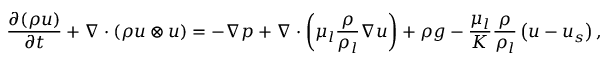
\frac { \partial ( \rho \boldsymbol { u } ) } { \partial t } + \nabla \cdot ( \rho \boldsymbol { u } \otimes \boldsymbol { u } ) = - \nabla p + \nabla \cdot \left( \mu _ { l } \frac { \rho } { \rho _ { l } } \nabla \boldsymbol { u } \right) + \rho \boldsymbol { g } - \frac { \mu _ { l } } { K } \frac { \rho } { \rho _ { l } } \left( \boldsymbol { u } - \boldsymbol { u } _ { s } \right) ,